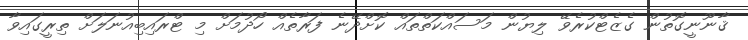
ޤާނޫނީގޮތުން ގެޒެޓްކުރެވޭ ލިޔުން މަސައްކަތްތައް ކޮށްދޭނެ ފަރާތެއް ހޯދުމަށް މި ޓްރައިބިއުނަލަށް ތިރީގައިވާ